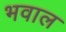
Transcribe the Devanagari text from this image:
भवाल